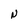
Character: N